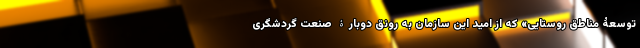
توسعۀ مناطق روستایی» که از امید این سازمان به رونق دوبارۀ صنعت گردشگری